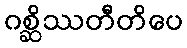
ဂစ္ဆိဿတီတိပေ